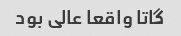
گاتا واقعا عالی بود